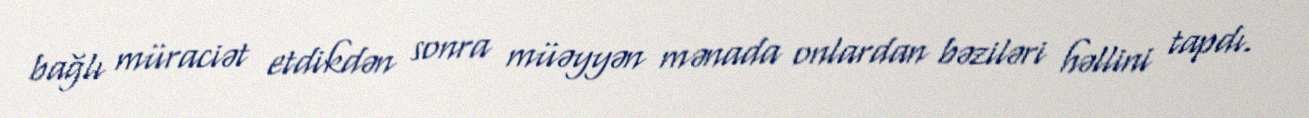
bağlı müraciət etdikdən sonra müəyyən mənada onlardan bəziləri həllini tapdı.